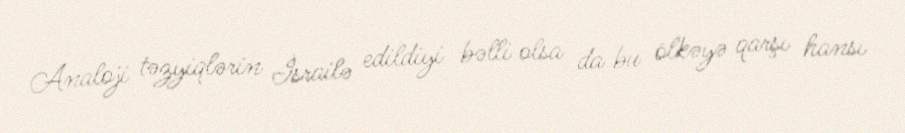
Analoji təzyiqlərin İsrailə edildiyi bəlli olsa da bu ölkəyə qarşı hansı